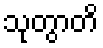
သုတွာတိ